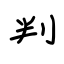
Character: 判